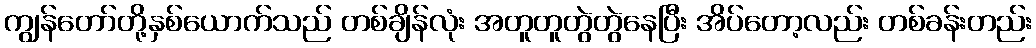
ကျွန်တော်တို့နှစ်ယောက်သည် တစ်ချိန်လုံး အတူတူတွဲတွဲနေပြီး အိပ်တော့လည်း တစ်ခန်းတည်း